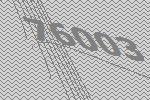
76003